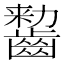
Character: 𱌠